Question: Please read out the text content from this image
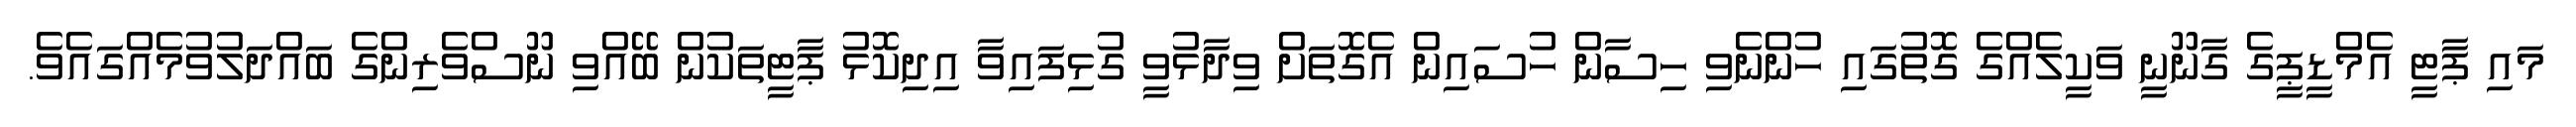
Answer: މައި ޕާޓީ އެމްޑީޕީގެ ގާނޫނީ ވަކީލެއްގެ ގޮތުގައި ހުންނެވި ހިސާން ހުސައިން އެގޮތަށް ވިދާޅުވީ ގުޅިފައިވާ އިދިކޮޅު ޕާޓީތަކުން ބޭއްވި ނޫސްވެރިންގެ ބައްދަލުވުމެއްގައެވެ.